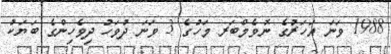
1988 ވަނަ އަހަރުގެ ނޮވެމްބަރ މަހުގެ 3 ވަނަ ދުވަހު ދިވެހިންގެ ބަޔަކު